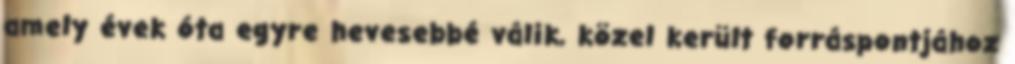
amely évek óta egyre hevesebbé válik, közel került forráspontjához